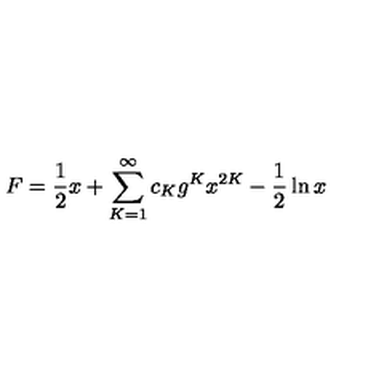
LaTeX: F = \frac { 1 } { 2 } x + \sum _ { K = 1 } ^ { \infty } c _ { K } g ^ { K } x ^ { 2 K } - \frac { 1 } { 2 } \ln x